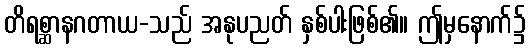
တိရစ္ဆာနဂတာယ-သည် အနုပညတ် နှစ်ပါးဖြစ်၏။ ဤမှနောက်၌